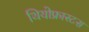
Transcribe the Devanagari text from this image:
थियोफ्रास्टस